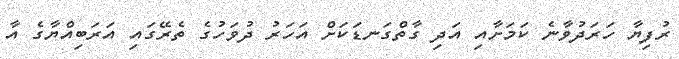
ރުފިޔާ ހަރަދުވާނެ ކަމަށާއި އަދި ގާތްގަނޑަކަށް އަހަރު ދުވަހުގެ ތެރޭގައި އަރަބިއްޔާގެ އާ